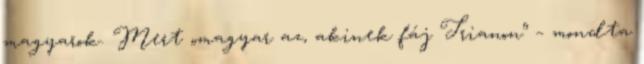
magyarok. Mert „magyar az, akinek fáj Trianon” – mondta